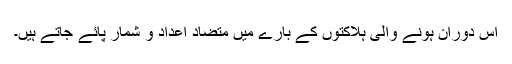
اس دوران ہونے والی ہلاکتوں کے بارے میں متضاد اعداد و شمار پائے جاتے ہیں۔